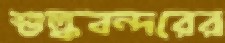
শুল্কবন্দরের